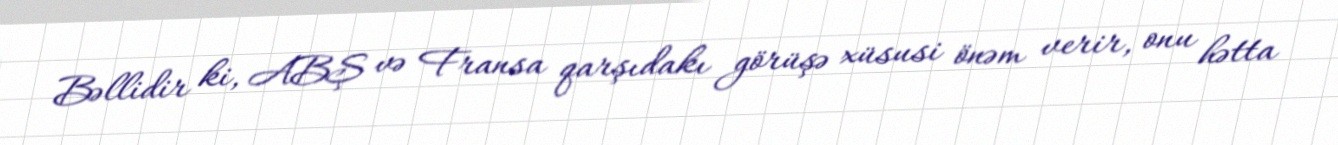
Bəllidir ki, ABŞ və Fransa qarşıdakı görüşə xüsusi önəm verir, onu hətta